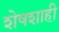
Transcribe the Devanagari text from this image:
शेषशाही